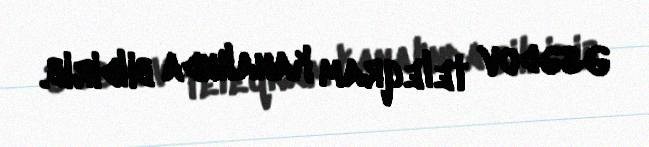
Əsədov teleqram kanalında bildirib.